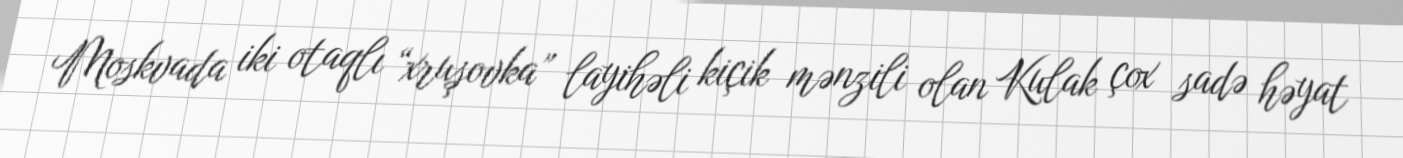
Moskvada iki otaqlı “xruşovka” layihəli kiçik mənzili olan Kulak çox sadə həyat